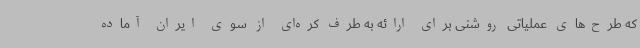
که طرح‌های عملیاتی روشنی برای ارائه به طرف کره‌ای از سوی ایران آماده